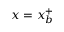
x = x _ { b } ^ { + }